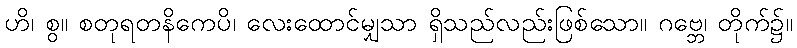
ဟိ၊ စွ။ စတုရတနိကေပိ၊ လေးထောင်မျှသာ ရှိသည်လည်းဖြစ်သော။ ဂဗ္ဘေ၊ တိုက်၌။